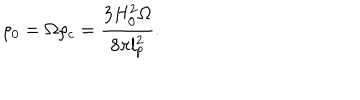
\rho _ { 0 } = \Omega \rho _ { c } = \frac { 3 H _ { 0 } ^ { 2 } \Omega } { 8 \pi l _ { p } ^ { 2 } } .